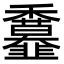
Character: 𩐖